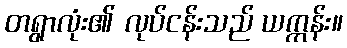
တရွာလုံး၏ လုပ်ငန်းသည် ယက္ကန်း။